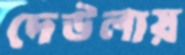
দেউলায়